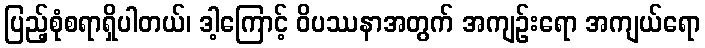
ပြည့်စုံစရာရှိပါတယ်၊ ဒါ့ကြောင့် ဝိပဿနာအတွက် အကျဉ်းရော အကျယ်ရော